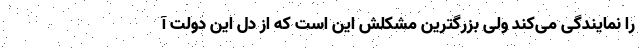
را نمایندگی می‌کند ولی بزرگترین مشکلش این است که از دل این دولت آ